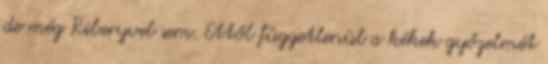
de még Riberyvel sem. Ettől függetlenül a kékek győzelmét